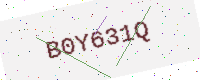
Text: B0Y631Q